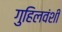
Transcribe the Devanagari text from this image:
गुहिलवंशी